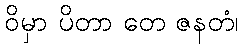
ဝိမှာ ပိတာ တေ ဇနတံ၊